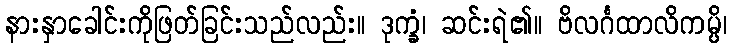
နားနှာခေါင်းကိုဖြတ်ခြင်းသည်လည်း။ ဒုက္ခံ၊ ဆင်းရဲ၏။ ဗိလင်္ဂထာလိကမ္ပိ၊